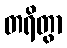
တရိတွာ